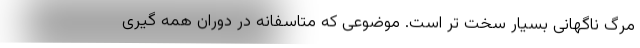
مرگ ناگهانی بسیار سخت تر است. موضوعی که متاسفانه در دوران همه گیری